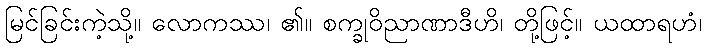
မြင်ခြင်းကဲ့သို့။ လောကဿ၊ ၏။ စက္ခုဝိညာဏာဒီဟိ၊ တို့ဖြင့်။ ယထာရဟံ၊